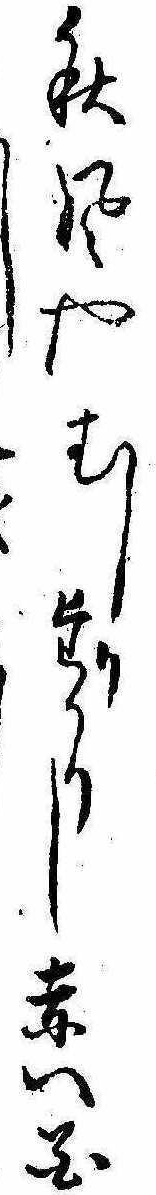
秋風やむしりたかりし赤い花し